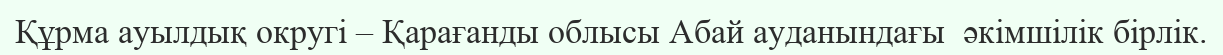
Құрма ауылдық округі – Қарағанды облысы Абай ауданындағы  әкімшілік бірлік.